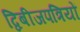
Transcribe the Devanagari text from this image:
द्विबीजपत्रियों